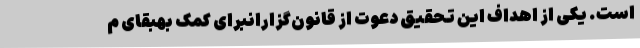
است. یکی از اهداف این تحقیق دعوت از قانون‌گزارانبرای کمک بهبقای م